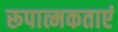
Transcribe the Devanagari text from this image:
रूपात्मकताएं